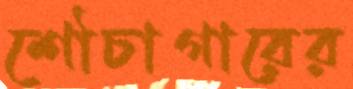
শৌচাগারের